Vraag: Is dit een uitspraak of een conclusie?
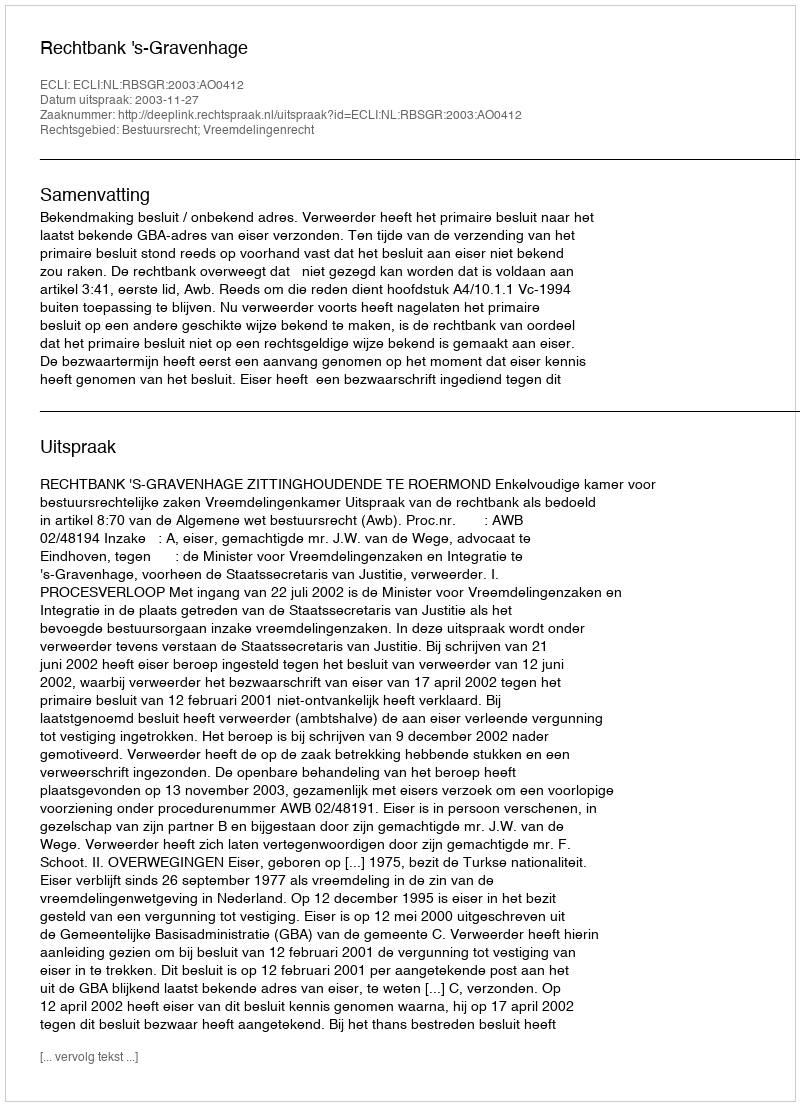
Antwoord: Uitspraak